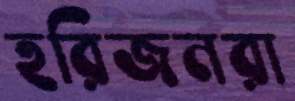
হরিজনরা